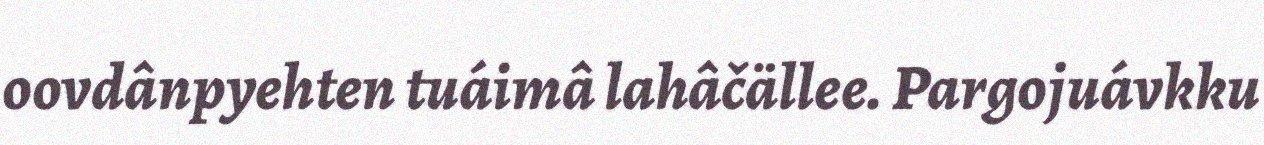
oovdânpyehten tuáimâ lahâčällee. Pargojuávkku